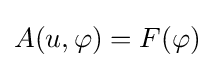
A(u,\varphi )=F(\varphi )